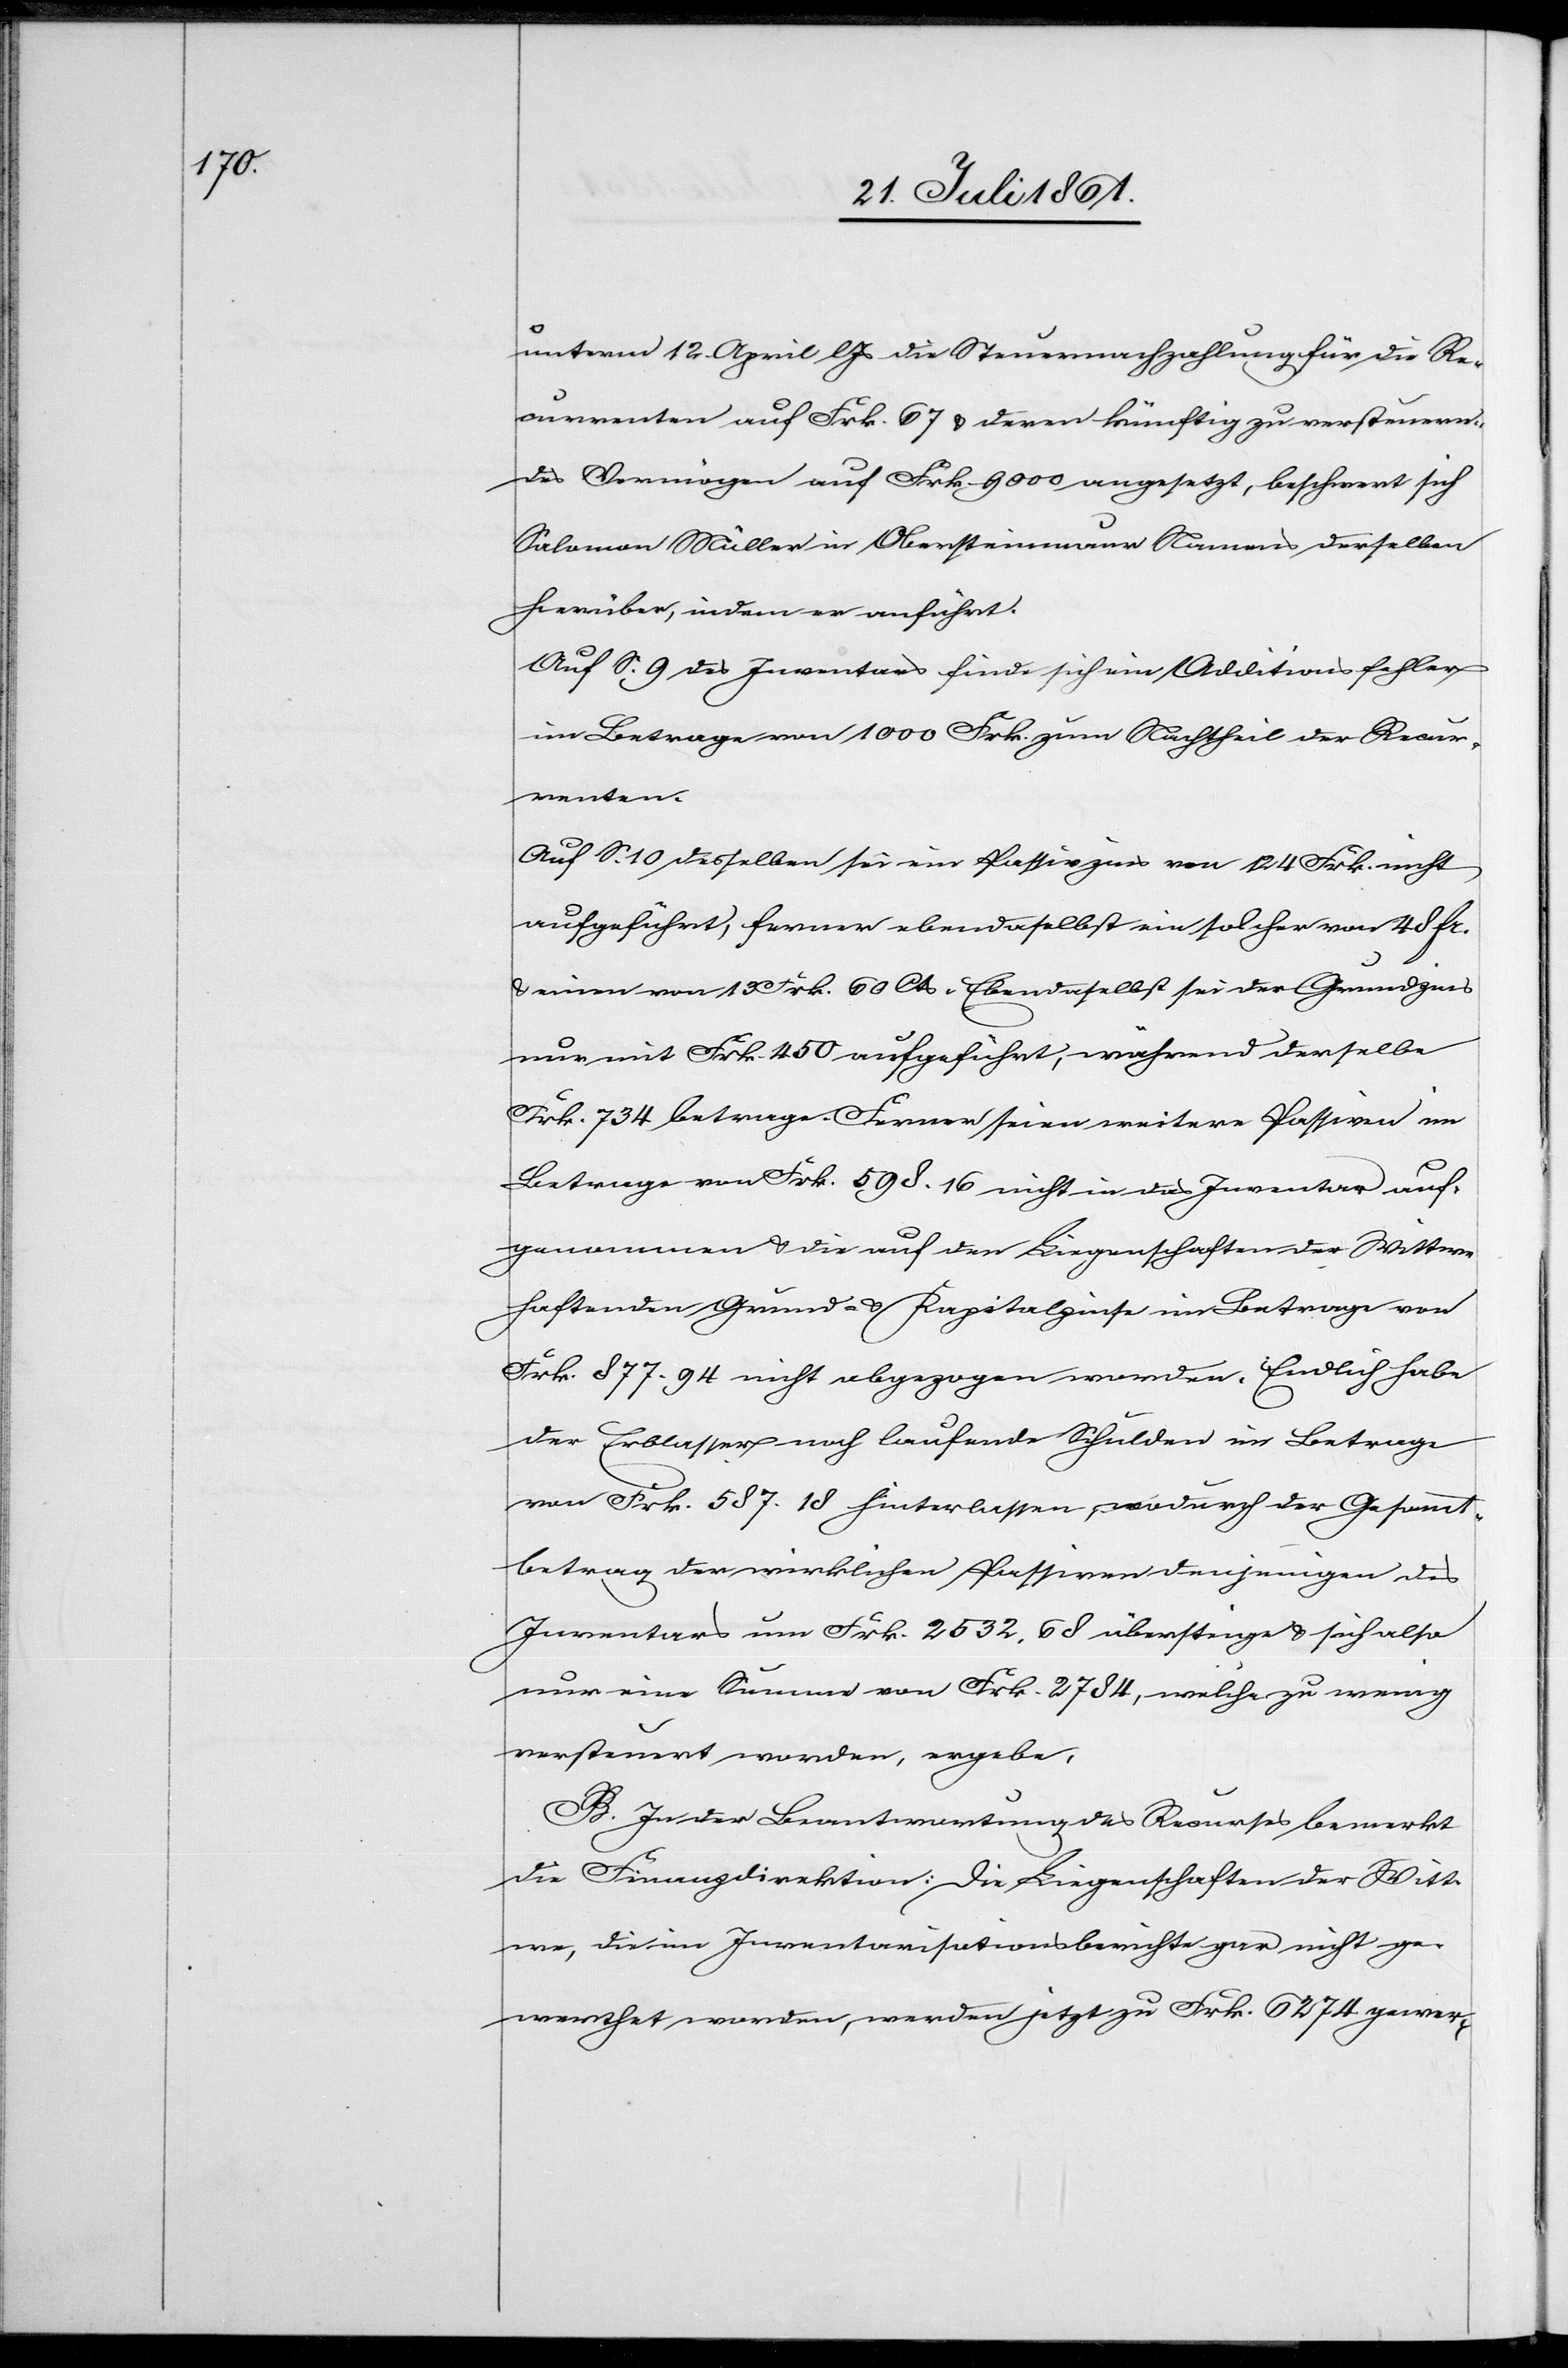
unterm 12. April l. Js. die Steuernachzahlung für die Re¬
currenten auf Frk. 67 u. deren künftig zu versteuern¬
des Vermögen auf Frk. 9000 angesetzt, beschwert sich
Salomon Müller in Obersteinmaur Namens derselben
hierüber, indem er anführt.
Auf S. 9 des Inventars finde sich ein Additionsfehler
im Betrage von 1000 Frk. zum Nachtheil der Recur¬
renten.
Auf S. 10 desselben sei ein Passivzins von 124 Frk. nicht
aufgeführt, ferner ebendaselbst ein solcher von 48 Fr.
[sic!] von 13 Frk. 60 Cts. Ebendaselbst sei der Grundzins
nur mit Frk. 450 aufgeführt, während derselbe
Frk. 634 betrage. Ferner seien weitere Passiven im
Betrage von Frk. 598. 16 nicht in das Inventar auf¬
genommen u. die auf den Liegenschaften der Wittwe
haftenden Grund- u. Kapitalzinse im Betrage von
Frk. 877. 94 nicht abgezogen worden. Endlich habe
der Erblasser noch laufende Schulden im Betrage
von Frk. 587. 18 hinterlassen, wodurch der Gesammt¬
betrag der wirklichen Passiven denjenigen des
Inventars um Frk. 2532, 68 übersteige u. sich also
nur eine Summe von Frk. 2784, welche zu wenig
versteuert worden, ergebe.
B. In der Beantwortung des Recurses bemerkt
die Finanzdirektion. Die Liegenschaften der Witt¬
we, die im Inventarisationsberichte gar nicht ge¬
werthet worden, werden jetzt zu Frk. 6274 gewer-